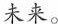
未来。